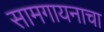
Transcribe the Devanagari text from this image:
सामगायनाचा